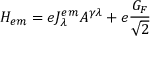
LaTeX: H _ { e m } = e J _ { \lambda } ^ { e m } A ^ { \gamma \lambda } + e \frac { G _ { F } } { \sqrt { 2 } }